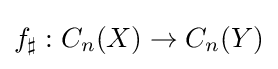
f_{\sharp }:C_{n}(X)\rightarrow C_{n}(Y)